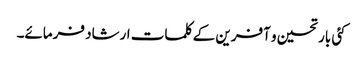
کئی بار تحسین و آفرین کے کلمات ارشاد فرمائے۔